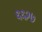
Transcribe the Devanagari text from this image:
६६२७